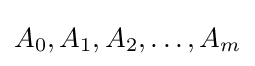
A_{0},A_{1},A_{2},\dots ,A_{m}